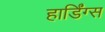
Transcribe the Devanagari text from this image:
हार्डिंग्स